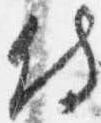
侍